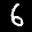
Label: 6